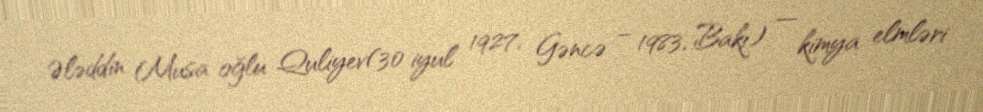
Ələddin Musa oğlu Quliyev(30 iyul 1927, Gəncə – 1983, Bakı) — kimya elmləri